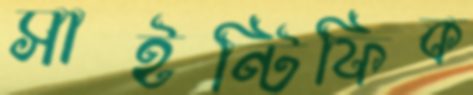
সাইন্টিফিক